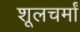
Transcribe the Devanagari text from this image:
शूलचर्मां